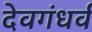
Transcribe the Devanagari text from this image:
देवगंधर्व